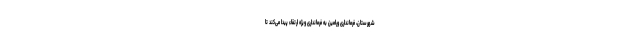
شهرستان، فرمانداری ورامین به فرمانداری ویژه ارتقاء پیدا می‌کند تا